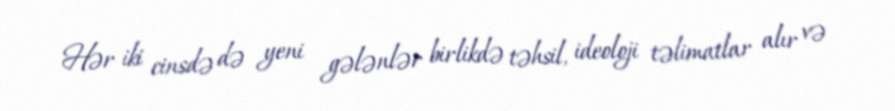
Hər iki cinsdə də yeni gələnlər birlikdə təhsil, ideoloji təlimatlar alır və